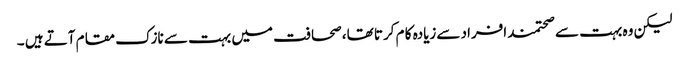
لیکن وہ بہت سے صحتمند افراد سےزیادہ کا م کرتا تھا، صحافت میں بہت سے نازک مقام آتے ہیں ۔